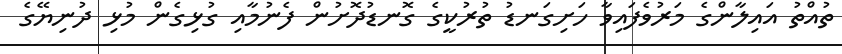
ތުއްތު އައިލާންގެ މަރުވެފައިވާ ހަށިގަނޑު ތުރުކީގެ ގޮނޑުދޮށުން ފެނުމާއި ގުޅިގެން މުޅި ދުނިޔޭގެ